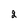
Character: 2